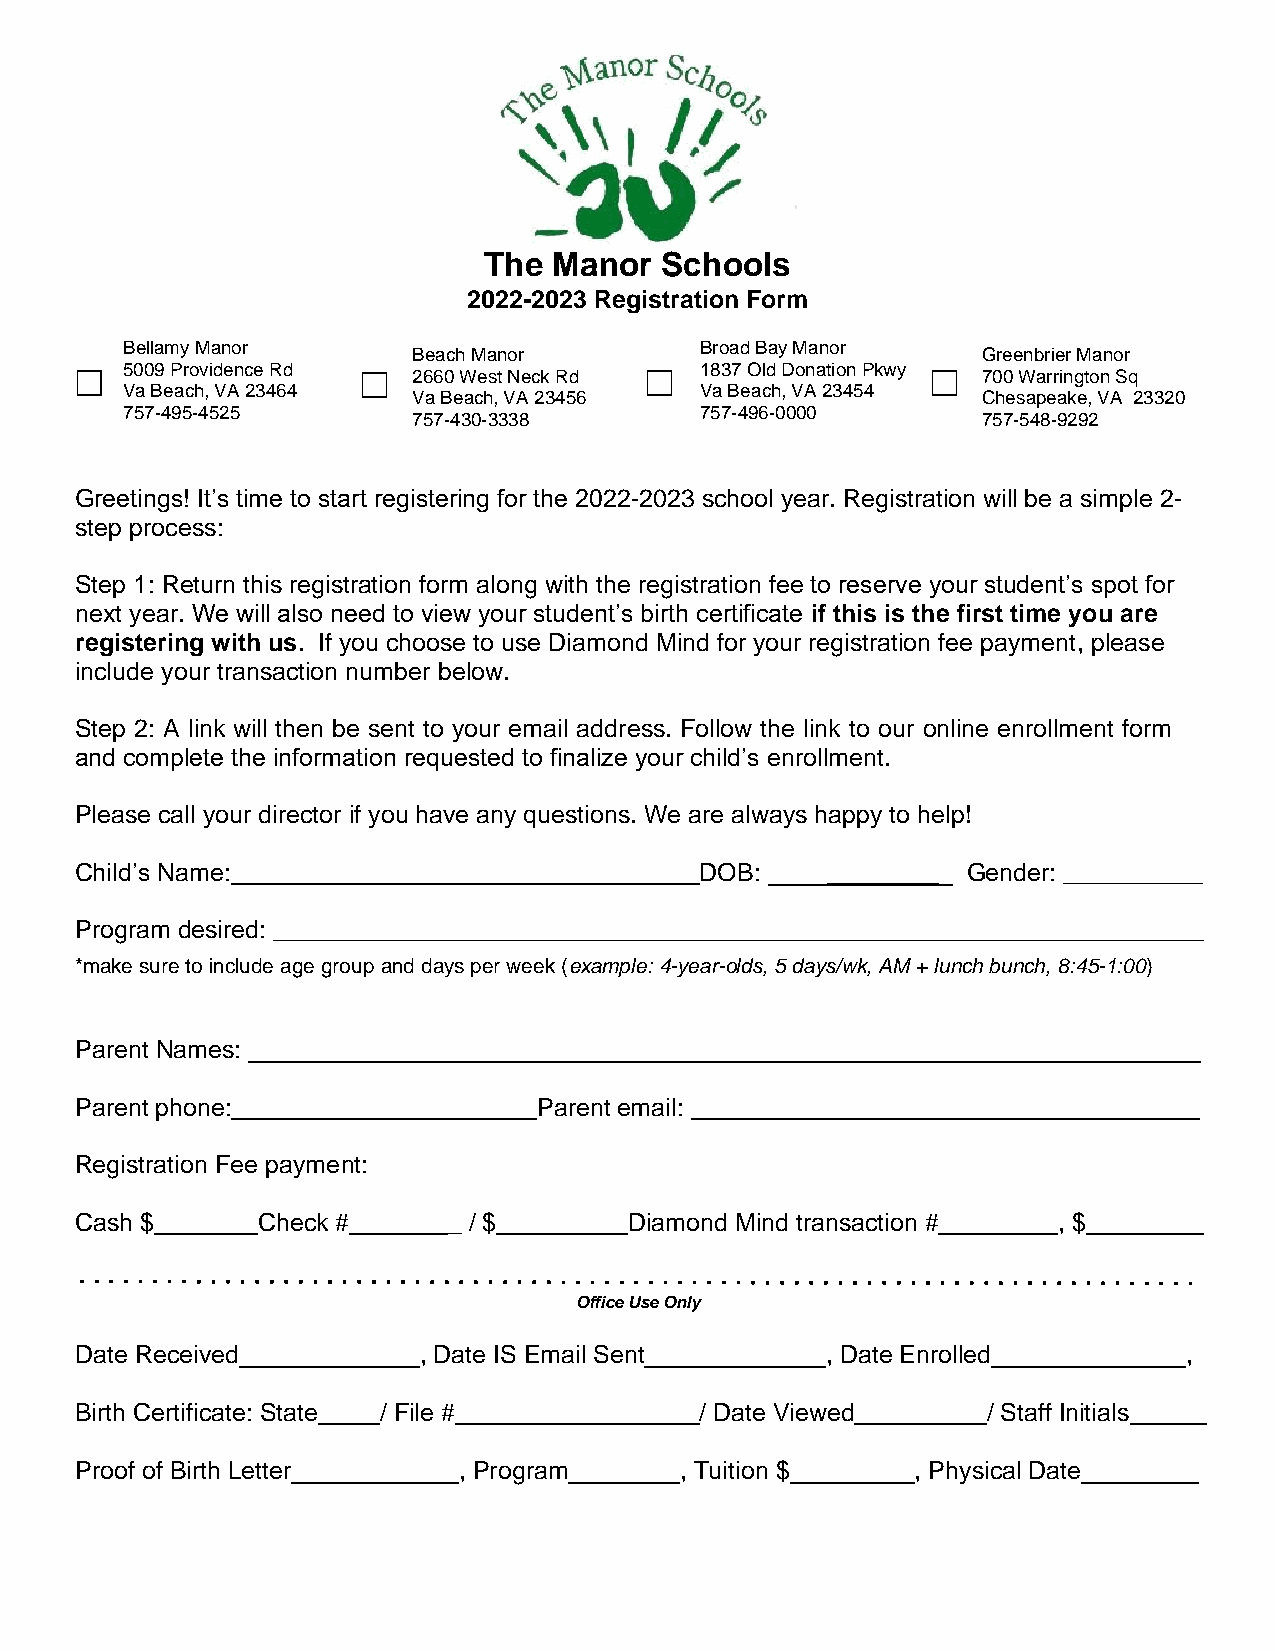
The  Manor  Schools
 2022-2023 Registration Form
 Bellamy Manor
 Beach Manor
 Broad Bay Manor
 Greenbrier Manor
 5009 Providence Rd                    1837 Old Donation Pkwy
 2660 West Neck Rd                     700 Warrington Sq
 Va Beach, VA 23464                    Va Beach, VA 23454
 Va Beach, VA 23456                    Chesapeake, VA 23320
 757-495-4525                          757-496-0000
 757-430-3338                          757-548-9292
 Greetings! It’s time to start registering for the 2022-2023 school year. Registration will be a simple 2-
 step process:
 Step 1: Return this registration form along with the registration fee to reserve your student’s spot for
 next year. We will also need to view your student’s birth certificate if this is the first time you are
 registering with us. If you choose to use Diamond Mind for your registration fee payment, please
 include your transaction number below.
 Step 2: A link will then be sent to your email address. Follow the link to our online enrollment form
 and complete the information requested to finalize your child’s enrollment.
 Please call your director if you have any questions. We are always happy to help!
 Child’s Name:_____________________________________ DOB: ________ Gender: __________
 Program desired: ___________________________________________________________________
 *make sure to include age group and days per week (example: 4-year-olds, 5 days/wk, AM + lunch bunch, 8:45-1:00)
 Parent Names:
 Parent phone:                  Parent email:
 Registration Fee payment:
 Cash $      Check #      _ / $       Diamond Mind transaction #  , $
 Office Use Only
 Date Received          , Date IS Email Sent       , Date Enrolled         ,
 Birth Certificate: State / File #        / Date Viewed      / Staff Initials
 Proof of Birth Letter    , Program      , Tuition $     , Physical Date